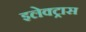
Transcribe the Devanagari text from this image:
इलेक्‍ट्रास